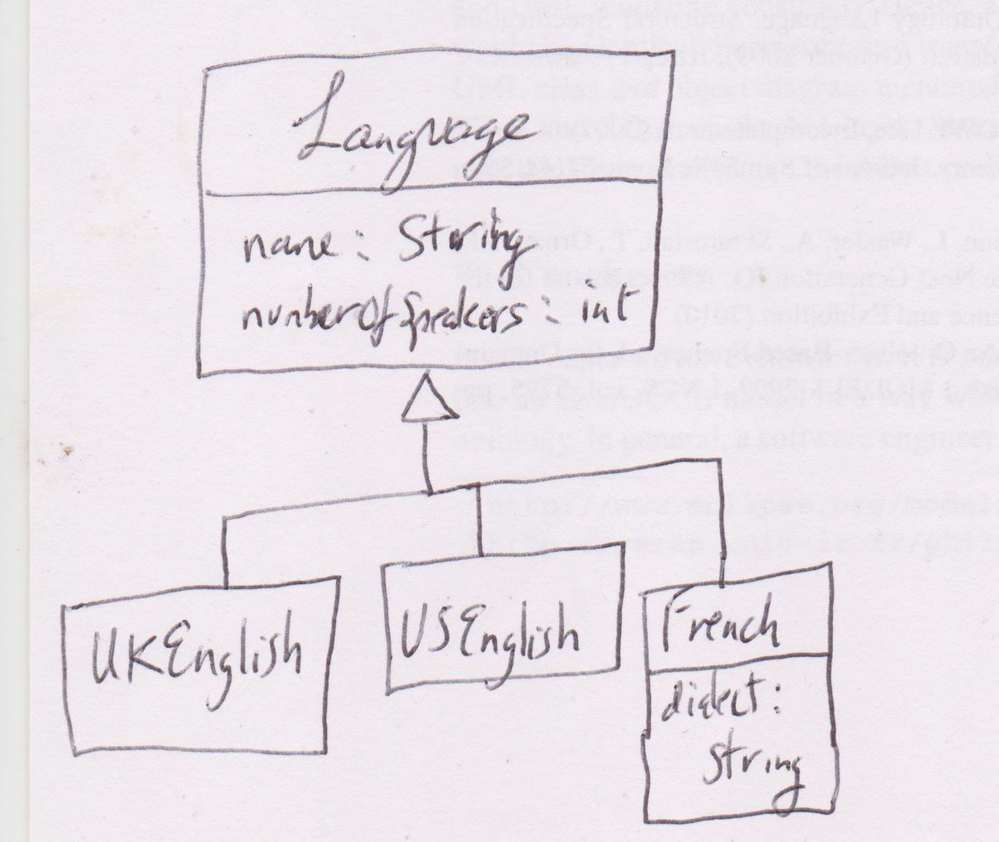
Diagram type: class_diagram
```plantuml
@startuml

class Language {
  name: String
  numberofSpeakers: int
}

class UKEnglish extends Language

class USEnglish extends Language

class French extends Language

@enduml
```